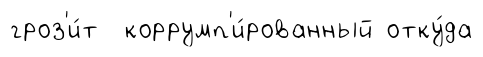
гроз'и́т коррумп'и́рованный отку́да